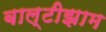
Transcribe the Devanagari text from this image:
बाल्टीझाम